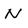
Character: N